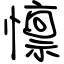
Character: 懔